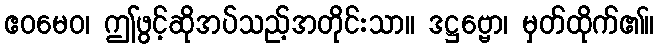
ဧဝမေဝ၊ ဤဖွင့်ဆိုအပ်သည့်အတိုင်းသာ။ ဒဋ္ဌဗ္ဗော၊ မှတ်ထိုက်၏။